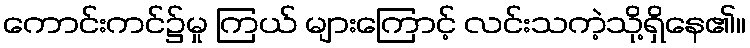
ကောင်းကင်၌မှု ကြယ် များကြောင့် လင်းသကဲ့သို့ရှိနေ၏။